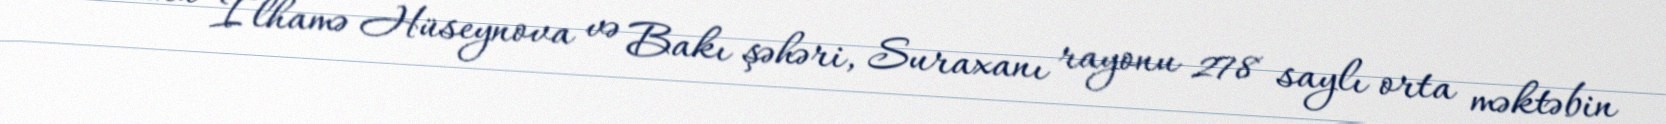
məzunu İlhamə Hüseynova və Bakı şəhəri, Suraxanı rayonu 278 saylı orta məktəbin